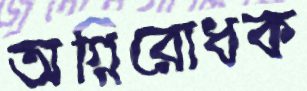
অগ্নিরোধক